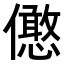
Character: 𠐣